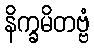
နိက္ခမိတဗ္ဗံ